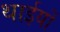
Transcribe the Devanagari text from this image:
थाईयों